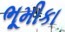
ભૂમીકા